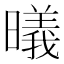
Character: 㬢